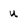
Character: u